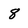
Character: 8